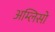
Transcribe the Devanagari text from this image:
अम्लिसो